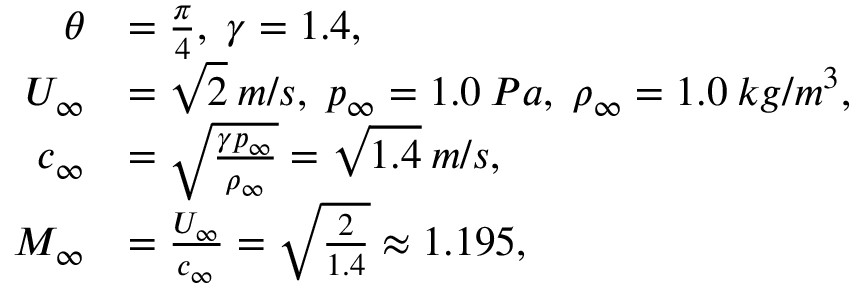
\begin{array} { r l } { \theta } & { = \frac { \pi } { 4 } , \; \gamma = 1 . 4 , } \\ { U _ { \infty } } & { = \sqrt { 2 } \: m / s , \; p _ { \infty } = 1 . 0 \: P a , \; \rho _ { \infty } = 1 . 0 \: k g / m ^ { 3 } , } \\ { c _ { \infty } } & { = \sqrt { \frac { \gamma p _ { \infty } } { \rho _ { \infty } } } = \sqrt { 1 . 4 } \: m / s , } \\ { M _ { \infty } } & { = \frac { U _ { \infty } } { c _ { \infty } } = \sqrt { \frac { 2 } { 1 . 4 } } \approx 1 . 1 9 5 , } \end{array}